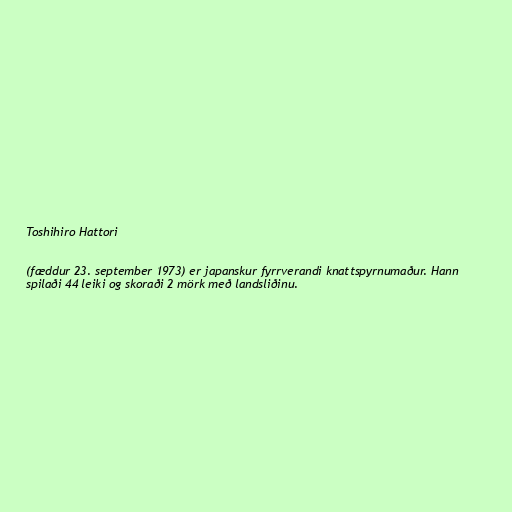
Toshihiro Hattori

(fæddur 23. september 1973) er japanskur fyrrverandi knattspyrnumaður. Hann
spilaði 44 leiki og skoraði 2 mörk með landsliðinu.